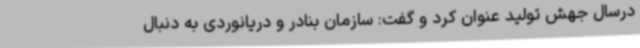
درسال جهش تولید عنوان کرد و گفت: سازمان بنادر و دریانوردی به دنبال